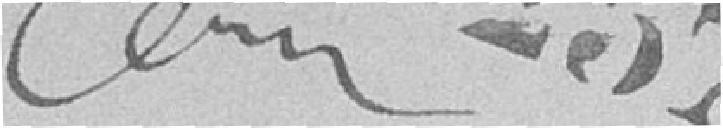
257